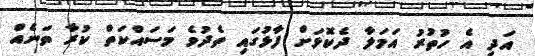
އަދި އެ ހުތުރު އަމަލާ ދެކޮޅަށް ފާޅުގައި ތެދުވެ މަސައްކަތް ކުރާ ތަނެއް